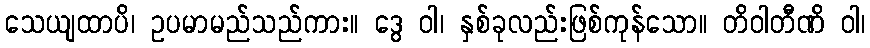
သေယျထာပိ၊ ဥပမာမည်သည်ကား။ ဒွေ ဝါ၊ နှစ်ခုလည်းဖြစ်ကုန်သော။ တိဝါတီဏိ ဝါ၊